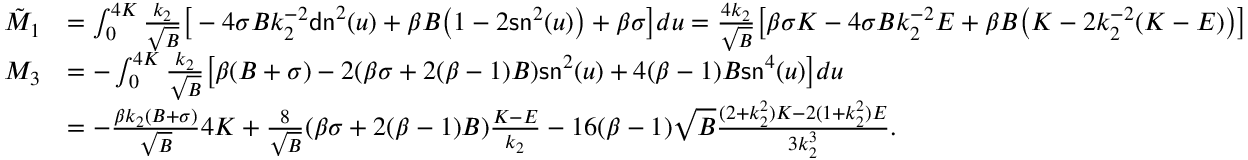
\begin{array} { r l } { \tilde { M } _ { 1 } } & { = \int _ { 0 } ^ { 4 K } \frac { k _ { 2 } } { \sqrt { B } } \big [ - 4 \sigma B k _ { 2 } ^ { - 2 } \mathsf { d n } ^ { 2 } ( u ) + \beta B \big ( 1 - 2 \mathsf { s n } ^ { 2 } ( u ) \big ) + \beta \sigma \big ] d u = \frac { 4 k _ { 2 } } { \sqrt { B } } \big [ \beta \sigma K - 4 \sigma B k _ { 2 } ^ { - 2 } E + \beta B \big ( K - 2 k _ { 2 } ^ { - 2 } ( K - E ) \big ) \big ] } \\ { M _ { 3 } } & { = - \int _ { 0 } ^ { 4 K } \frac { k _ { 2 } } { \sqrt { B } } \big [ \beta ( B + \sigma ) - 2 ( \beta \sigma + 2 ( \beta - 1 ) B ) \mathsf { s n } ^ { 2 } ( u ) + 4 ( \beta - 1 ) B \mathsf { s n } ^ { 4 } ( u ) \big ] d u } \\ & { = - \frac { \beta k _ { 2 } ( B + \sigma ) } { \sqrt { B } } 4 K + \frac { 8 } { \sqrt { B } } ( \beta \sigma + 2 ( \beta - 1 ) B ) \frac { K - E } { k _ { 2 } } - 1 6 ( \beta - 1 ) \sqrt { B } \frac { ( 2 + k _ { 2 } ^ { 2 } ) K - 2 ( 1 + k _ { 2 } ^ { 2 } ) E } { 3 k _ { 2 } ^ { 3 } } . } \end{array}